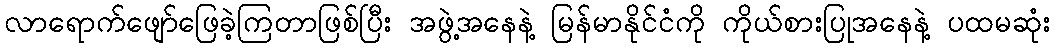
လာရောက်ဖျော်ဖြေခဲ့ကြတာဖြစ်ပြီး အဖွဲ့အနေနဲ့ မြန်မာနိုင်ငံကို ကိုယ်စားပြုအနေနဲ့ ပထမဆုံး